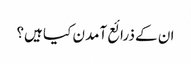
ان کے ذرائع آمدن کیا ہیں؟